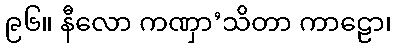
၉၆။ နီလော ကဏှာ’သိတာ ကာဠော၊